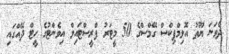
ދެވަނަ ޔޫތު އޮލިމްޕިކްސް ގޭމްސްގެ 50 މީޓަރު ފްރީސްޓައިލް އިވެންޓުގެ ހީޓް ދޭއްގައި